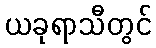
ယခုရာသီတွင်